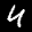
Label: 4